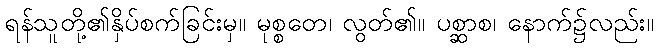
ရန်သူတို့၏နှိပ်စက်ခြင်းမှ။ မုစ္စတေ၊ လွတ်၏။ ပစ္ဆာစ၊ နောက်၌လည်း။